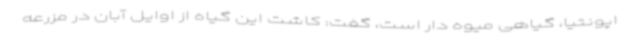
اپونتیا، گیاهی میوه دار است، گفت: کاشت این گیاه از اوایل آبان در مزرعه